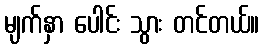
မျက်နှာ ပေါင်း သွား တင်တယ်။